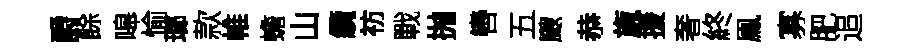
爵餘嗥愉瑯款帷蟾山纜祊戰抛轡五颼恭旒援奢終鳯寡肥追